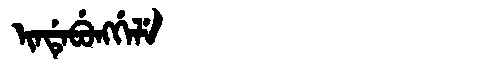
Manchu: ᡳᠨᡩᡝᠪᡠᠩᡤᡝᠯᡝ
Romanization: INDEBUNGGELE